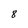
Character: 8